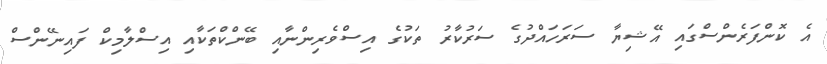
އެ ކޮންފަރެންސްގައި އޭޝިޔާ ސަރަހައްދުގެ ސަރުކާރު ތަކުގެ އިސްވެރިންނާއި ބޭންކްތަކާއި އިސްލާމިކް ފައިނޭންސް